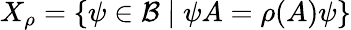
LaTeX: X_{\rho}=\left\{ \psi\in\mathcal{B}\mid\psi A=\rho(A)\psi\right\}